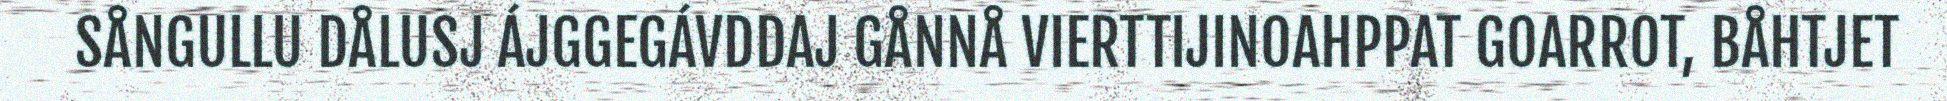
SÅNGULLU DÅLUSJ ÁJGGEGÁVDDAJ GÅNNÅ VIERTTIJINOAHPPAT GOARROT, BÅHTJET